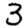
Digit: 3